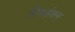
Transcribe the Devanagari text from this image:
रिचर्डसन्